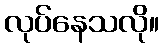
လုပ်နေသလို။